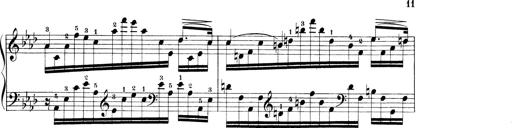
Title: 3 Ã‰tudes de concert
Composer: Franz Liszt